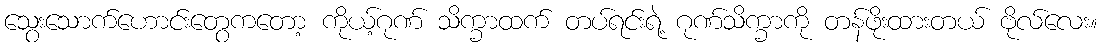
သွေးသောက်ဟောင်းတွေကတော့ ကိုယ့်ဂုဏ် သိက္ခာထက် တပ်ရင်းရဲ့ ဂုဏ်သိက္ခာကို တန်ဖိုးထားတယ် ဗိုလ်လေး။